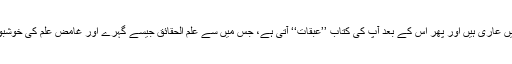
اس میں ایسے ایسے نکات موجود ہیں جن سے دوسری کتابیں عاری ہیں اور پھر اس کے بعد آپ کی کتاب ’’عبقات‘‘ آتی ہے، جس میں سے علم الحقائق جیسے گہرے اور غامض علم کی خوشبوئیں پھوٹ رہی ہیں اور معارفِ الٰہیہ کی مہک اُٹھ رہی ہے۔